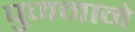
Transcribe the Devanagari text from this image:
पुजनाने